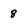
Character: 8